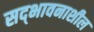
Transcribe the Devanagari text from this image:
सद्‌भावनाशील